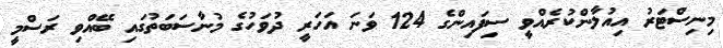
މިނިސްޓަރު އިއުލާންކުރެއްވީ ސިފައިންގެ 124 ވަނަ އަހަރީ ދުވަހުގެ މުނާސަބަތުގައި ބޭއްވި ރަސްމީ